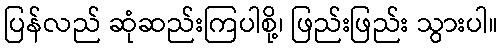
ပြန်လည် ဆုံဆည်းကြပါစို့၊ ဖြည်းဖြည်း သွားပါ။